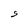
Character: S